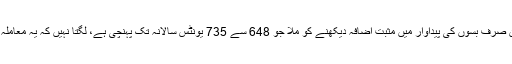
اس عرصے کے دوران صرف بسوں کی پیداوار میں مثبت اضافہ دیکھنے کو ملا جو 648 سے 735 یونٹس سالانہ تک پہنچی ہے، لگتا نہیں کہ یہ معاملہ بھی زیادہ دیر چلے گا۔